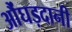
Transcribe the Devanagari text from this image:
औंघड़दानी